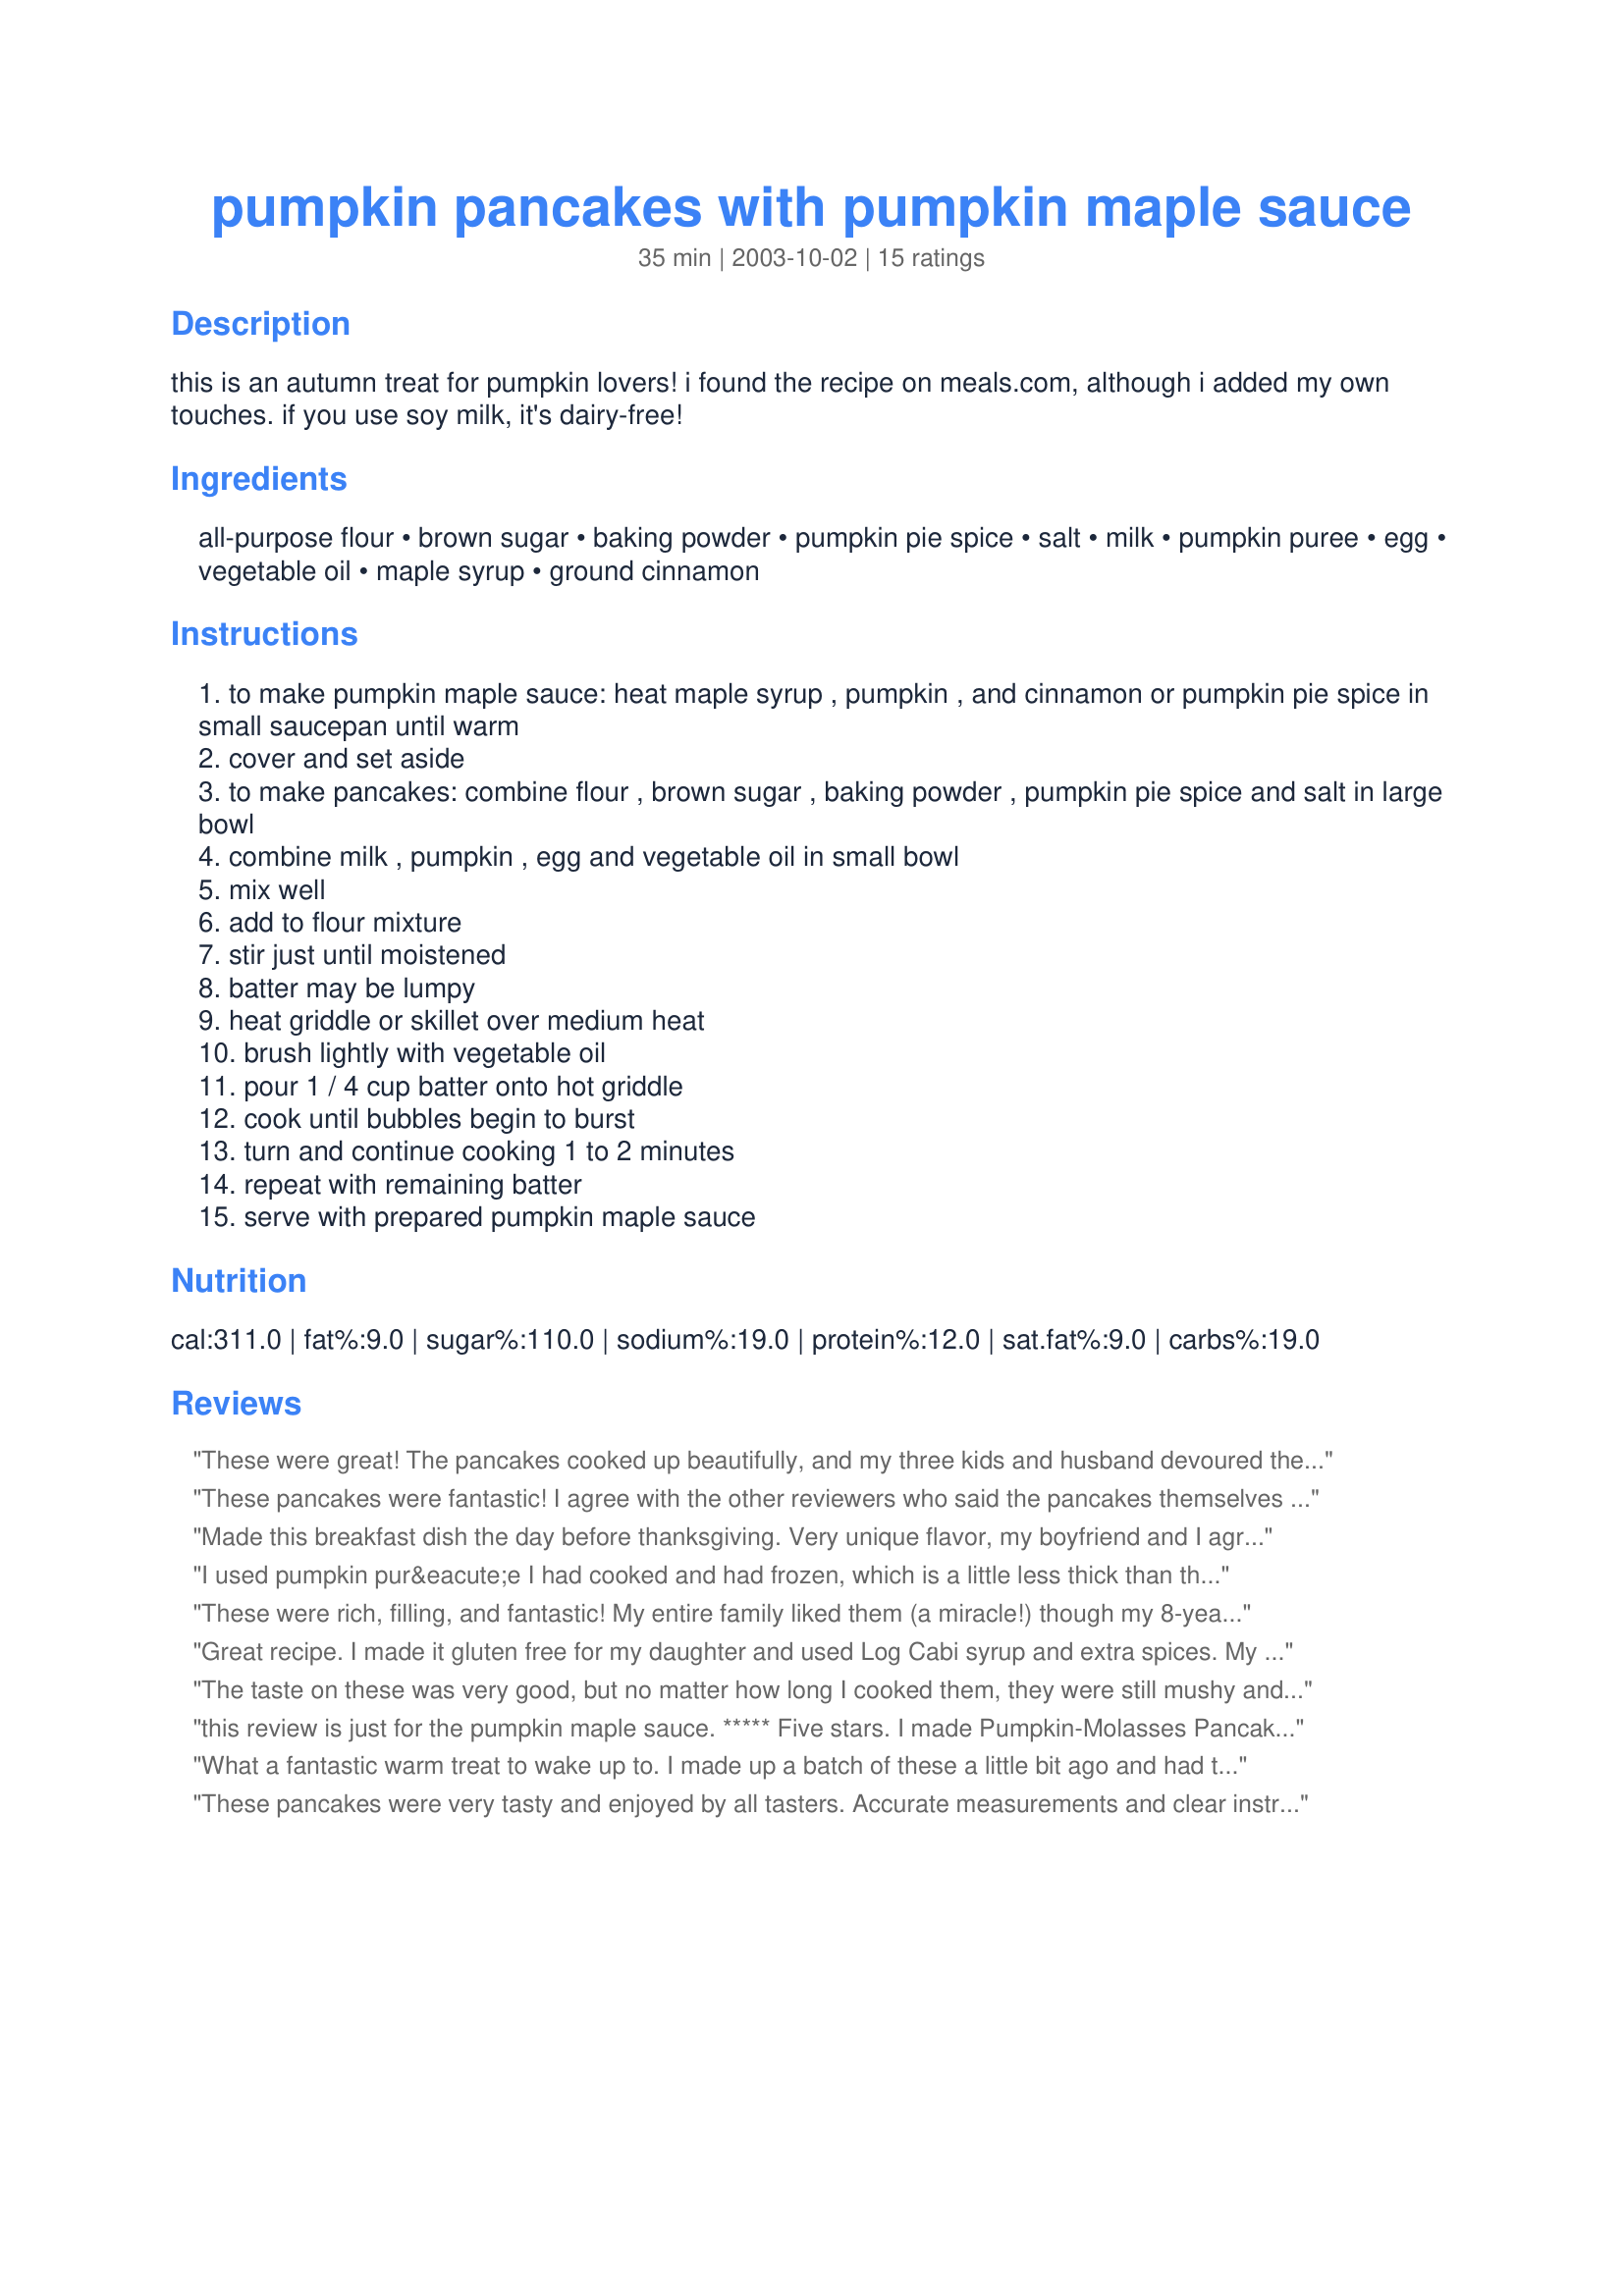
pumpkin pancakes with pumpkin maple sauce
Preparation time: 35 minutes

this is an autumn treat for pumpkin lovers! i found the recipe on meals.com, although i added my own touches. if you use soy milk, it's dairy-free!

Ingredients:
all-purpose flour, brown sugar, baking powder, pumpkin pie spice, salt, milk, pumpkin puree, egg, vegetable oil, maple syrup, ground cinnamon

Steps:
to make pumpkin maple sauce: heat maple syrup , pumpkin , and cinnamon or pumpkin pie spice in small saucepan until warm
cover and set aside
to make pancakes: combine flour , brown sugar , baking powder , pumpkin pie spice and salt in large bowl
combine milk , pumpkin , egg and vegetable oil in small bowl
mix well
add to flour mixture
stir just until moistened
batter may be lumpy
heat griddle or skillet over medium heat
brush lightly with vegetable oil
pour 1 / 4 cup batter onto hot griddle
cook until bubbles begin to burst
turn and continue cooking 1 to 2 minutes
repeat with remaining batter
serve with prepared pumpkin maple sauce

Reviews:
These were great! The pancakes cooked up beautifully, and my three kids and husband devoured them asking for more! We all agreed that next time I should make the sauce with a little less pumpkin, even though it is very tasty as is!
These pancakes were fantastic! I agree with the other reviewers who said the pancakes themselves aren't super pumpkin-y but the sauce really brings out the pumpkin flavor. We halved the sauce and had just enough for two people.
Made this breakfast dish the day before thanksgiving. Very unique flavor, my boyfriend and I agree that the pumpkin maple syrup was the best part! We put the leftover pancakes in the freezer...I wonder how well they will hold up.
I used pumpkin pur&eacute;e I had cooked and had frozen, which is a little less thick than the canned pumpkin, but pancakes still turned out a little too thick. Added a little more milk. I added chocolate chips and think chopped pecans would have been a great addition as well so may add that next time.
These were rich, filling, and fantastic! My entire family liked them (a miracle!) though my 8-year-old didn't like the sauce. This is a keeper for my family!
Great recipe. I made it gluten free for my daughter and used Log Cabi syrup and extra spices. My whole family LOVED it.
The taste on these was very good, but no matter how long I cooked them, they were still mushy and wet in the middle. Maybe it was me?!
this review is just for the pumpkin maple sauce. ***** Five stars. I made Pumpkin-Molasses Pancakes Recipe #135063, because i wanted the molassas in them. the sauce made them perfect. thanks for posting.
What a fantastic warm treat to wake up to. I made up a batch of these a little bit ago and had them for breakfast every day for about a week. The cool part is that theres still a bunch of pumpkin maple syrup in the fridge to put on toast, or ice cream later on :) I took a cue from another rater here and substituted apple sauce for the oil, skim milk, half and half whole wheat flour, and pasturized cartoned egg whites instead of a whole egg. Even with all of these substitutions they baked up surprisingly gooey and delicious. Thanks so much for posting this!
These pancakes were very tasty and enjoyed by all tasters. Accurate measurements and clear instructions, as well as delicious results. The pancakes alone are worth the full 5 stars. Note:For the sauce, I only had pancake syrup on hand (no real maple syrup), so I tried it anyway and it was very good but far too sweet for our tastes. I did not deduct any points however, since I suspect that the pancake syrup is the culprit here. So in case you were wondering if you could sub for the maple syrup, I would caution against it.
The flavor was out of this world and the syrup I think made it complete. Only problem was the pancakes were a bit thin. The tast did make up for that and I am going to try it again and use a little more flour.step #5 said stir just untill moist, and my was kind of runny for batter. I still have recommended this to many others the over all recipe w/ syrup deffinatly made this a keeper thank you!
Quite delicious! Great tummy warming fall breakfast! We used Whole wheat flour & lite syrup. The whole family gobbled them up!
The only changes I made was that I used half whole wheat flour and half all-purposed, and then I used applesauce instead of oil. They came out quite tasty. My DH loved it. I think the sauce needed to be a little more syrupy for my tastes, so next time I'll just add more syrup! These are VERY filling and dense but definitely a fun fall treat. Oh, and our baby loved them too. Thank you!
Very yummy! The sauce really helped with the pumpkin flavor...the pancakes themselves were like flat pumpkin muffin cakes...haha! Thank you for the recipe!
This recipe was fun to make and a hit with my whole family. I served it with scrambled eggs and breakfast ham. What a yummy fall breakfast. Even the rich syrup complemented the meal & went well with ham. This is easily a favorite.
